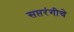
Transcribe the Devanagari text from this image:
सप्तरंगीचे